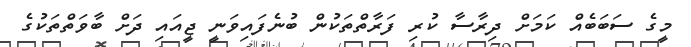
މީގެ ސަބަބެއް ކަމަށް ދިރާސާ ކުރި ފަރާތްތަކުން ބުނެފައިވަނީ ޖީއައި ދަށް ބާވަތްތަކުގެ